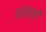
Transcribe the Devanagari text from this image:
पर्वर्शी